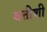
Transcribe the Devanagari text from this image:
बत्तीशी